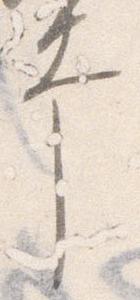
幸